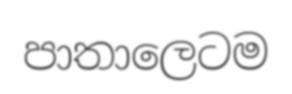
පාතාලෙටම